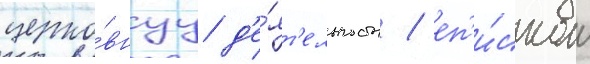
церко́внуу д'е́ят'ельность / еп'и́скоп